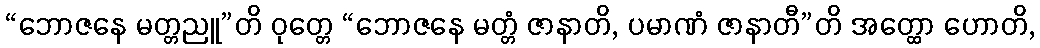
“ဘောဇနေ မတ္တညူ”တိ ဝုတ္တေ “ဘောဇနေ မတ္တံ ဇာနာတိ, ပမာဏံ ဇာနာတီ”တိ အတ္ထော ဟောတိ,